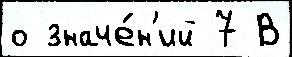
о значе́н'ий 7 В